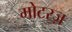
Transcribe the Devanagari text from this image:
मोटरज़